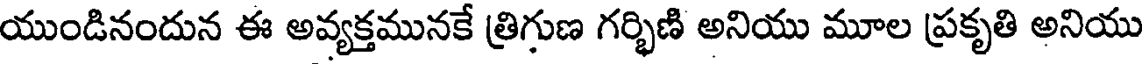
యుండినందున ఈ అవ్యక్తమునకే త్రిగుణ గర్భిణి అనియు మూల ప్రకృతి అనియు